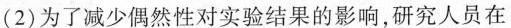
(2)为了减少偶然性对实验结果的影响，研究人员在